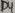
Text: D4